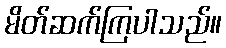
မိတ်ဆက်ကြပါသည်။